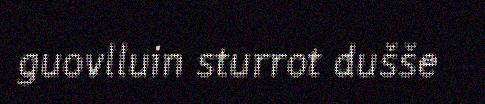
guovlluin sturrot dušše